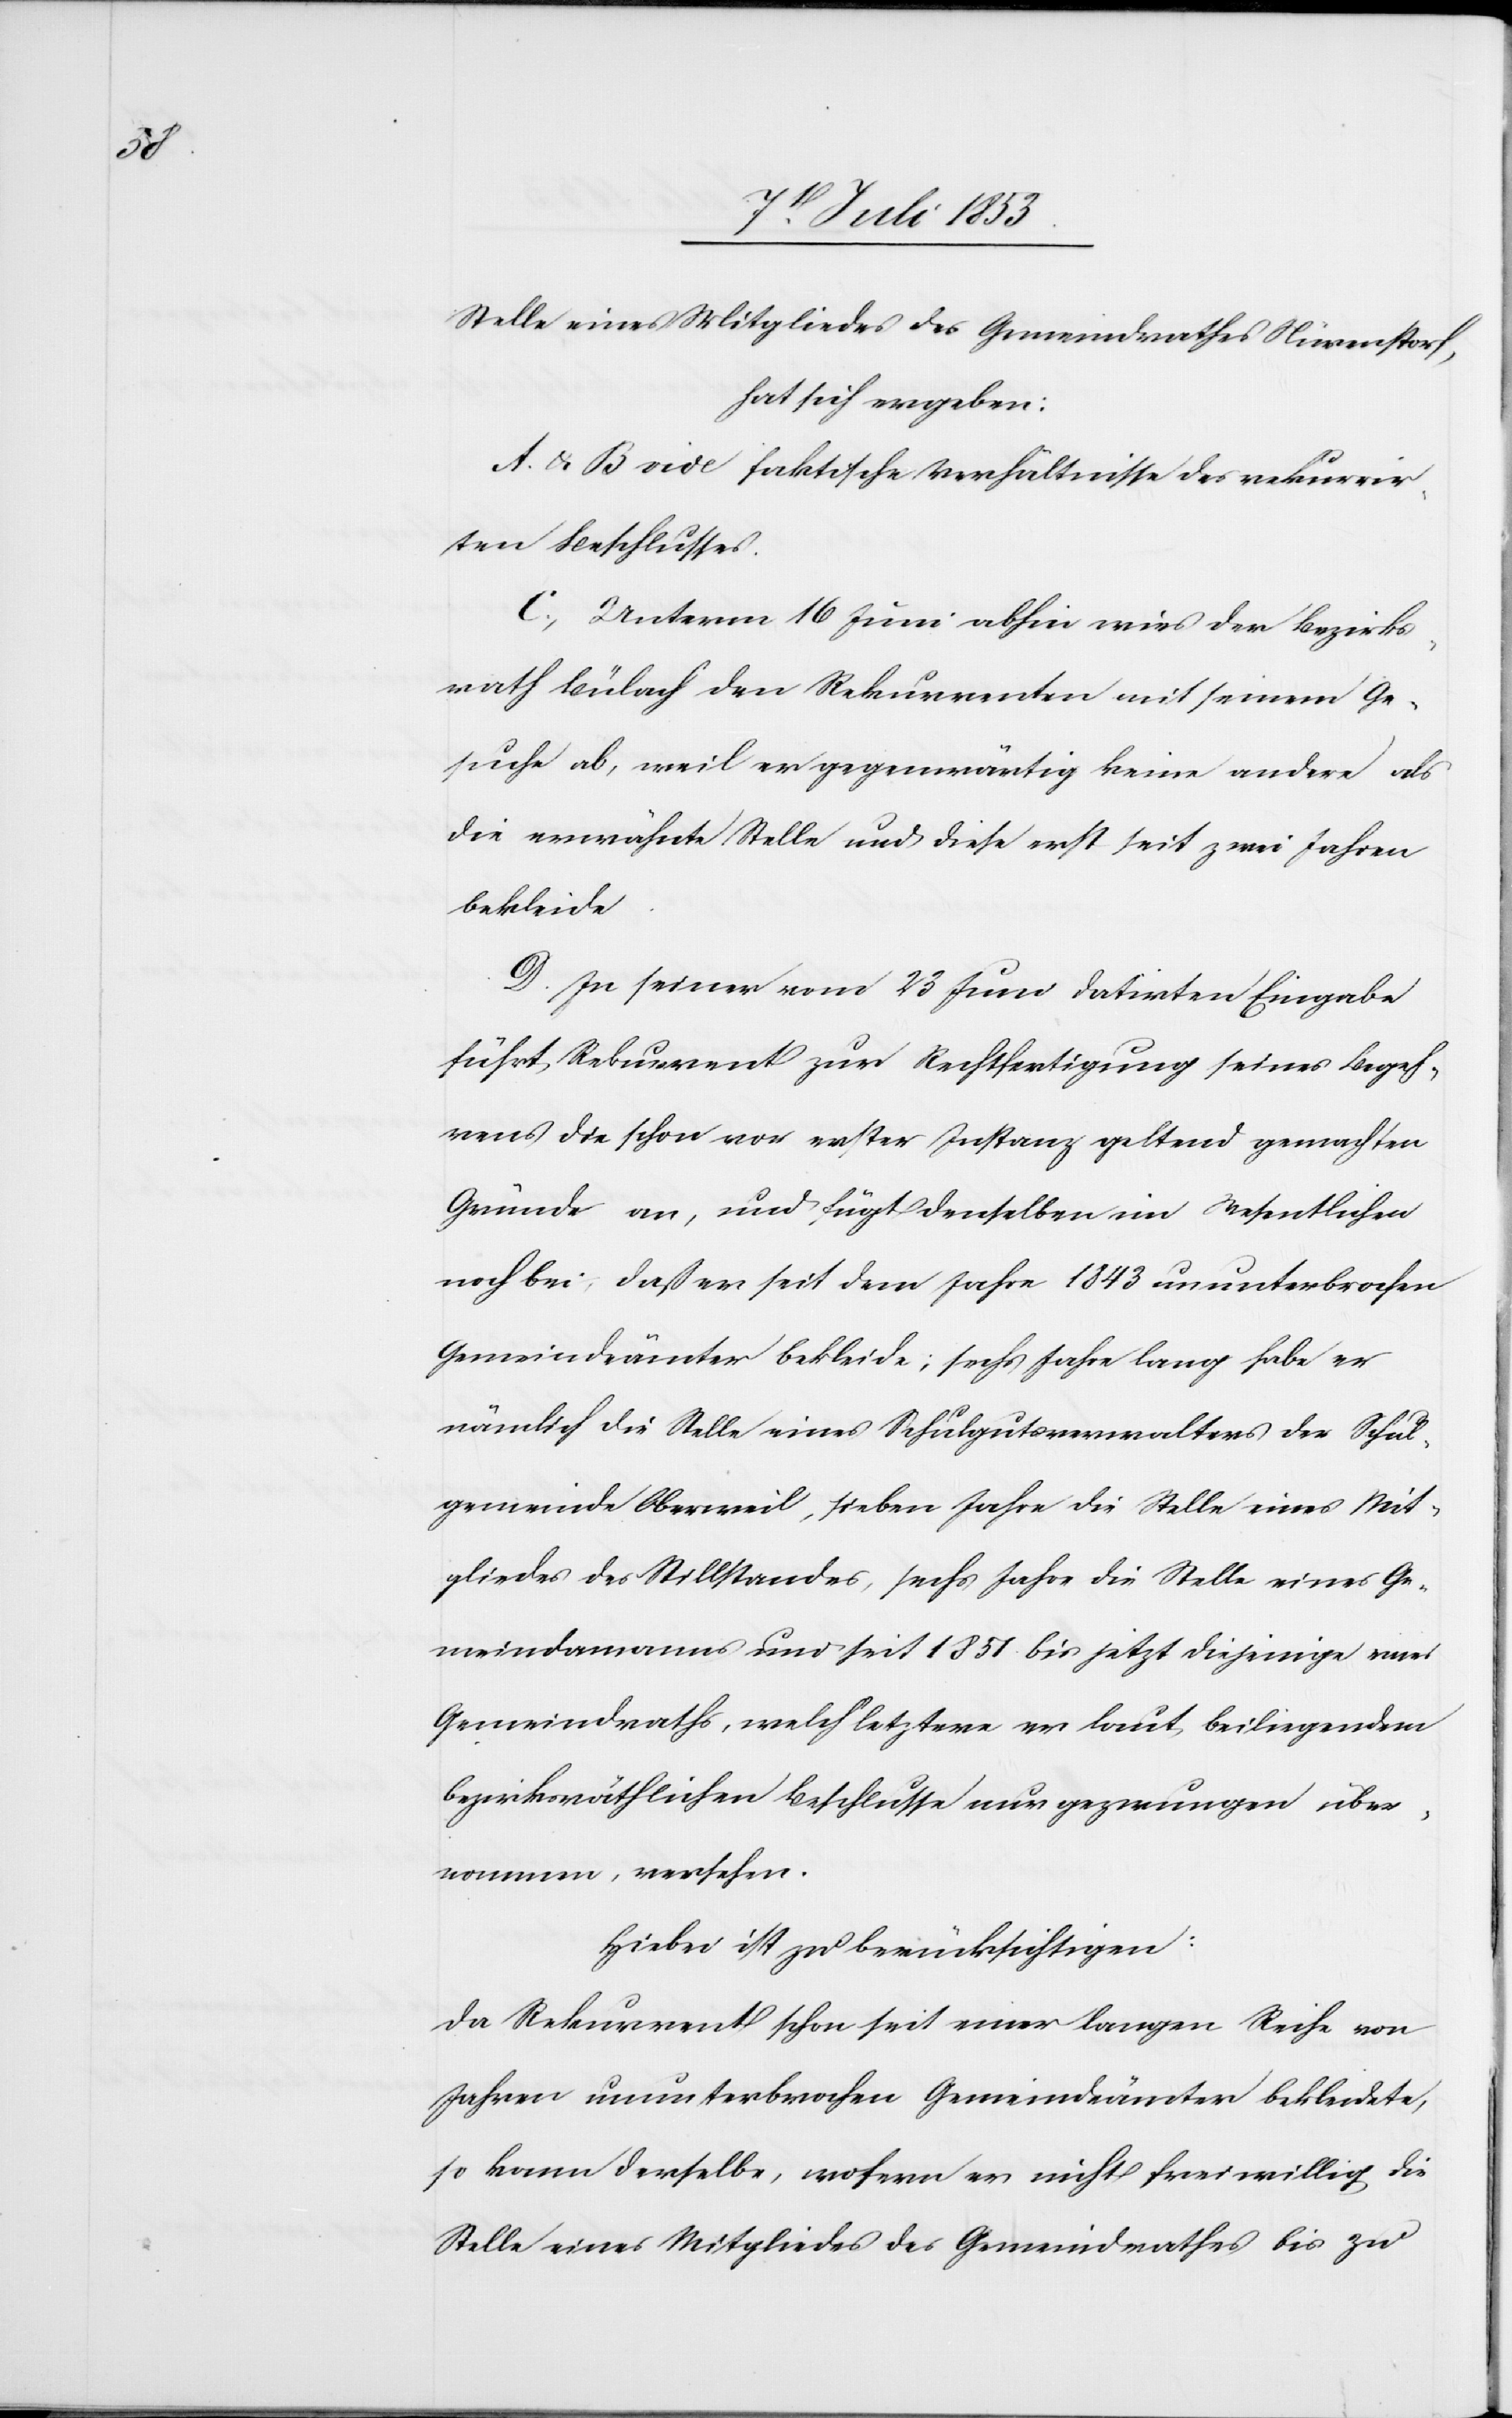
Stelle eines Mitgliedes des Gemeindrathes Nürenstorf,
hat sich ergeben:
A u. B vide faktische Verhältnisse des rekurrir¬
ten Beschlusses.
C, Unterm 16 Juni abhin wies der Bezirks¬
rath Bülach den Rekurrenten mit seinem Ge¬
suche ab, weil er gegenwärtig keine andere als
die erwähnte Stelle und diese erst seit zwei Jahren
bekleide.
D. In seiner vom 23 Juni datirten Eingabe
führt Rekurrent zur Rechtfertigung seines Begeh¬
rens die schon vor erster Instanz geltend gemachten
Gründe an, und fügt denselben im Wesentlichen
noch bei, daß er seit dem Jahre 1843 ununterbrochen
Gemeindsämter bekleide; sechs Jahre lang habe er
nämlich die Stelle eines Schulverwalters der Schul¬
gemeinde Oberweil, sieben Jahre die Stelle eines Ge¬
meindammanns und seit 1851 bis jetzt diejenige eines
Gemeindraths, welch letztere er laut beiliegendem
bezirksräthlichen Beschlusse nur gezwungen über¬
nommen, versehen.
Hiebei ist zu berücksichtigen:
Da Rekurrent schon seit einer langen Reihe von
Jahren ununterbrochen Gemeindämter bekleidete,
so kann derselbe, wofern er nicht freiwillig die
Stelle eines Mitgliedes des Gemeindrathes bis zu